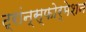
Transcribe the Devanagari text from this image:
ट्रांन्स्फोर्मेशन